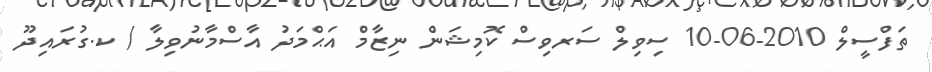
ތަފްސީލް 2010-06-10 ސިވިލް ސަރވިސް ކޮމިޝަން ނިޒާމް އަޙްމަދު އާސްމާނުވިލާ / ކ.ގުރައިދޫ